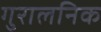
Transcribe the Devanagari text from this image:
गुरालनिक